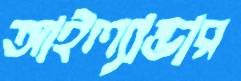
আইল্যান্ডার